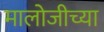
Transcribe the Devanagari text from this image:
मालोजीच्या